Indian journal of veterinary science and animal husbandry - Volume 3,
Year: 1933
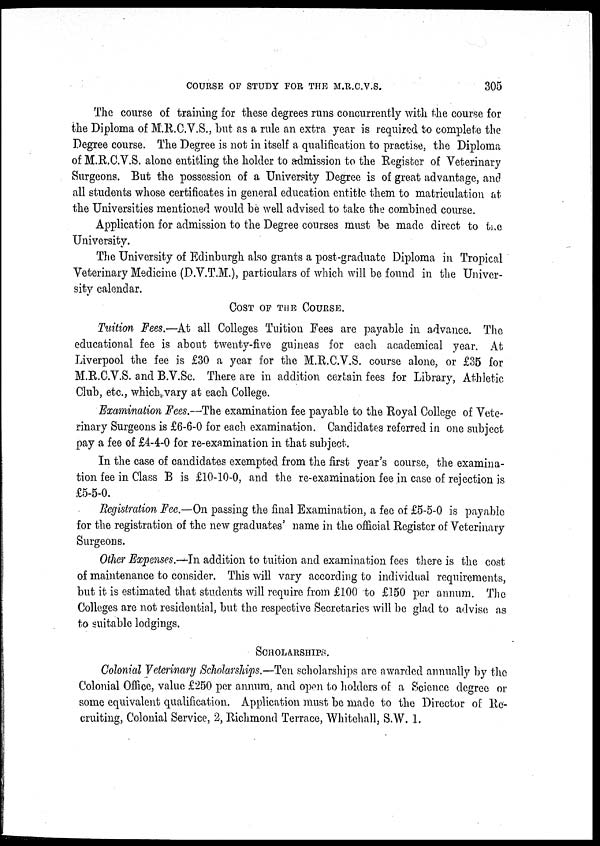
COURSE OF STUDY FOR THE M.R.C.V.S.
305
The course of training for these degrees runs concurrently with the course for
the Diploma of M.R.C.V.S., but as a rule an extra year is required to complete the
Degree course. The Degree is not in itself a qualification to practise, the Diploma
of M.R.C.V.S. alone entitling the holder to admission to the Register of Veterinary
Surgeons. But the possession of a University Degree is of great advantage, and
all students whose certificates in general education entitle them to matriculation at
the Universities mentioned would be well advised to take the combined course.
Application for admission to the Degree courses must be made direct to the
University.
The University of Edinburgh also grants a post-graduate Diploma in Tropical
Veterinary Medicine (D.V.T.M.), particulars of which will be found in the Univer-
sity calendar.
COST OF THE COURSE.
Tuition Fees.—At all Colleges Tuition Fees are payable in advance. The
educational fee is about twenty-five guineas for each academical year. At
Liverpool the fee is £30 a year for the M.R.C.V.S. course alone, or £35 for
M.R.C.V.S. and B.V.Sc. There are in addition certain fees for Library, Athletic
Club, etc., which vary at each College.
Examination Fees.—The examination fee payable to the Royal College of Vete-
rinary Surgeons is £6-6-0 for each examination. Candidates referred in one subject
pay a fee of £4-4-0 for re-examination in that subject.
In the case of candidates exempted from the first year's course, the examina-
tion fee in Class B is £10-10-0, and the re-examination fee in case of rejection is
£5-5-0.
Registration Fee.—On passing the final Examination, a fee of £5-5-0 is payable
for the registration of the new graduates' name in the official Register of Veterinary
Surgeons.
Other Expenses.—In addition to tuition and examination fees there is the cost
of maintenance to consider. This will vary according to individual requirements,
but it is estimated that students will require from £100 to £150 per annum. The
Colleges are not residential, but the respective Secretaries will be glad to advise as
to suitable lodgings.
SCHOLARSHIPS.
Colonial Veterinary Scholarships.—Ten scholarships are awarded annually by the
Colonial Office, value £250 per annum, and open to holders of a Science degree or
some equivalent qualification. Application must be made to the Director of Re-
cruiting, Colonial Service, 2, Richmond Terrace, Whitehall, S.W. 1.